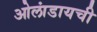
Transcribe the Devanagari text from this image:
ओलांडायची